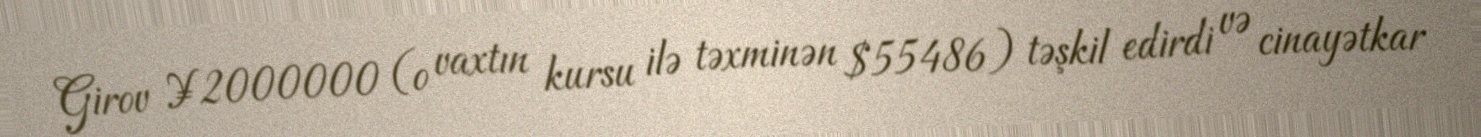
Girov ¥2000000 (o vaxtın kursu ilə təxminən $55486) təşkil edirdi və cinayətkar